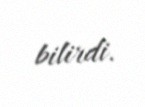
bilirdi.